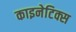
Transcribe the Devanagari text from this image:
काइनेटिक्स